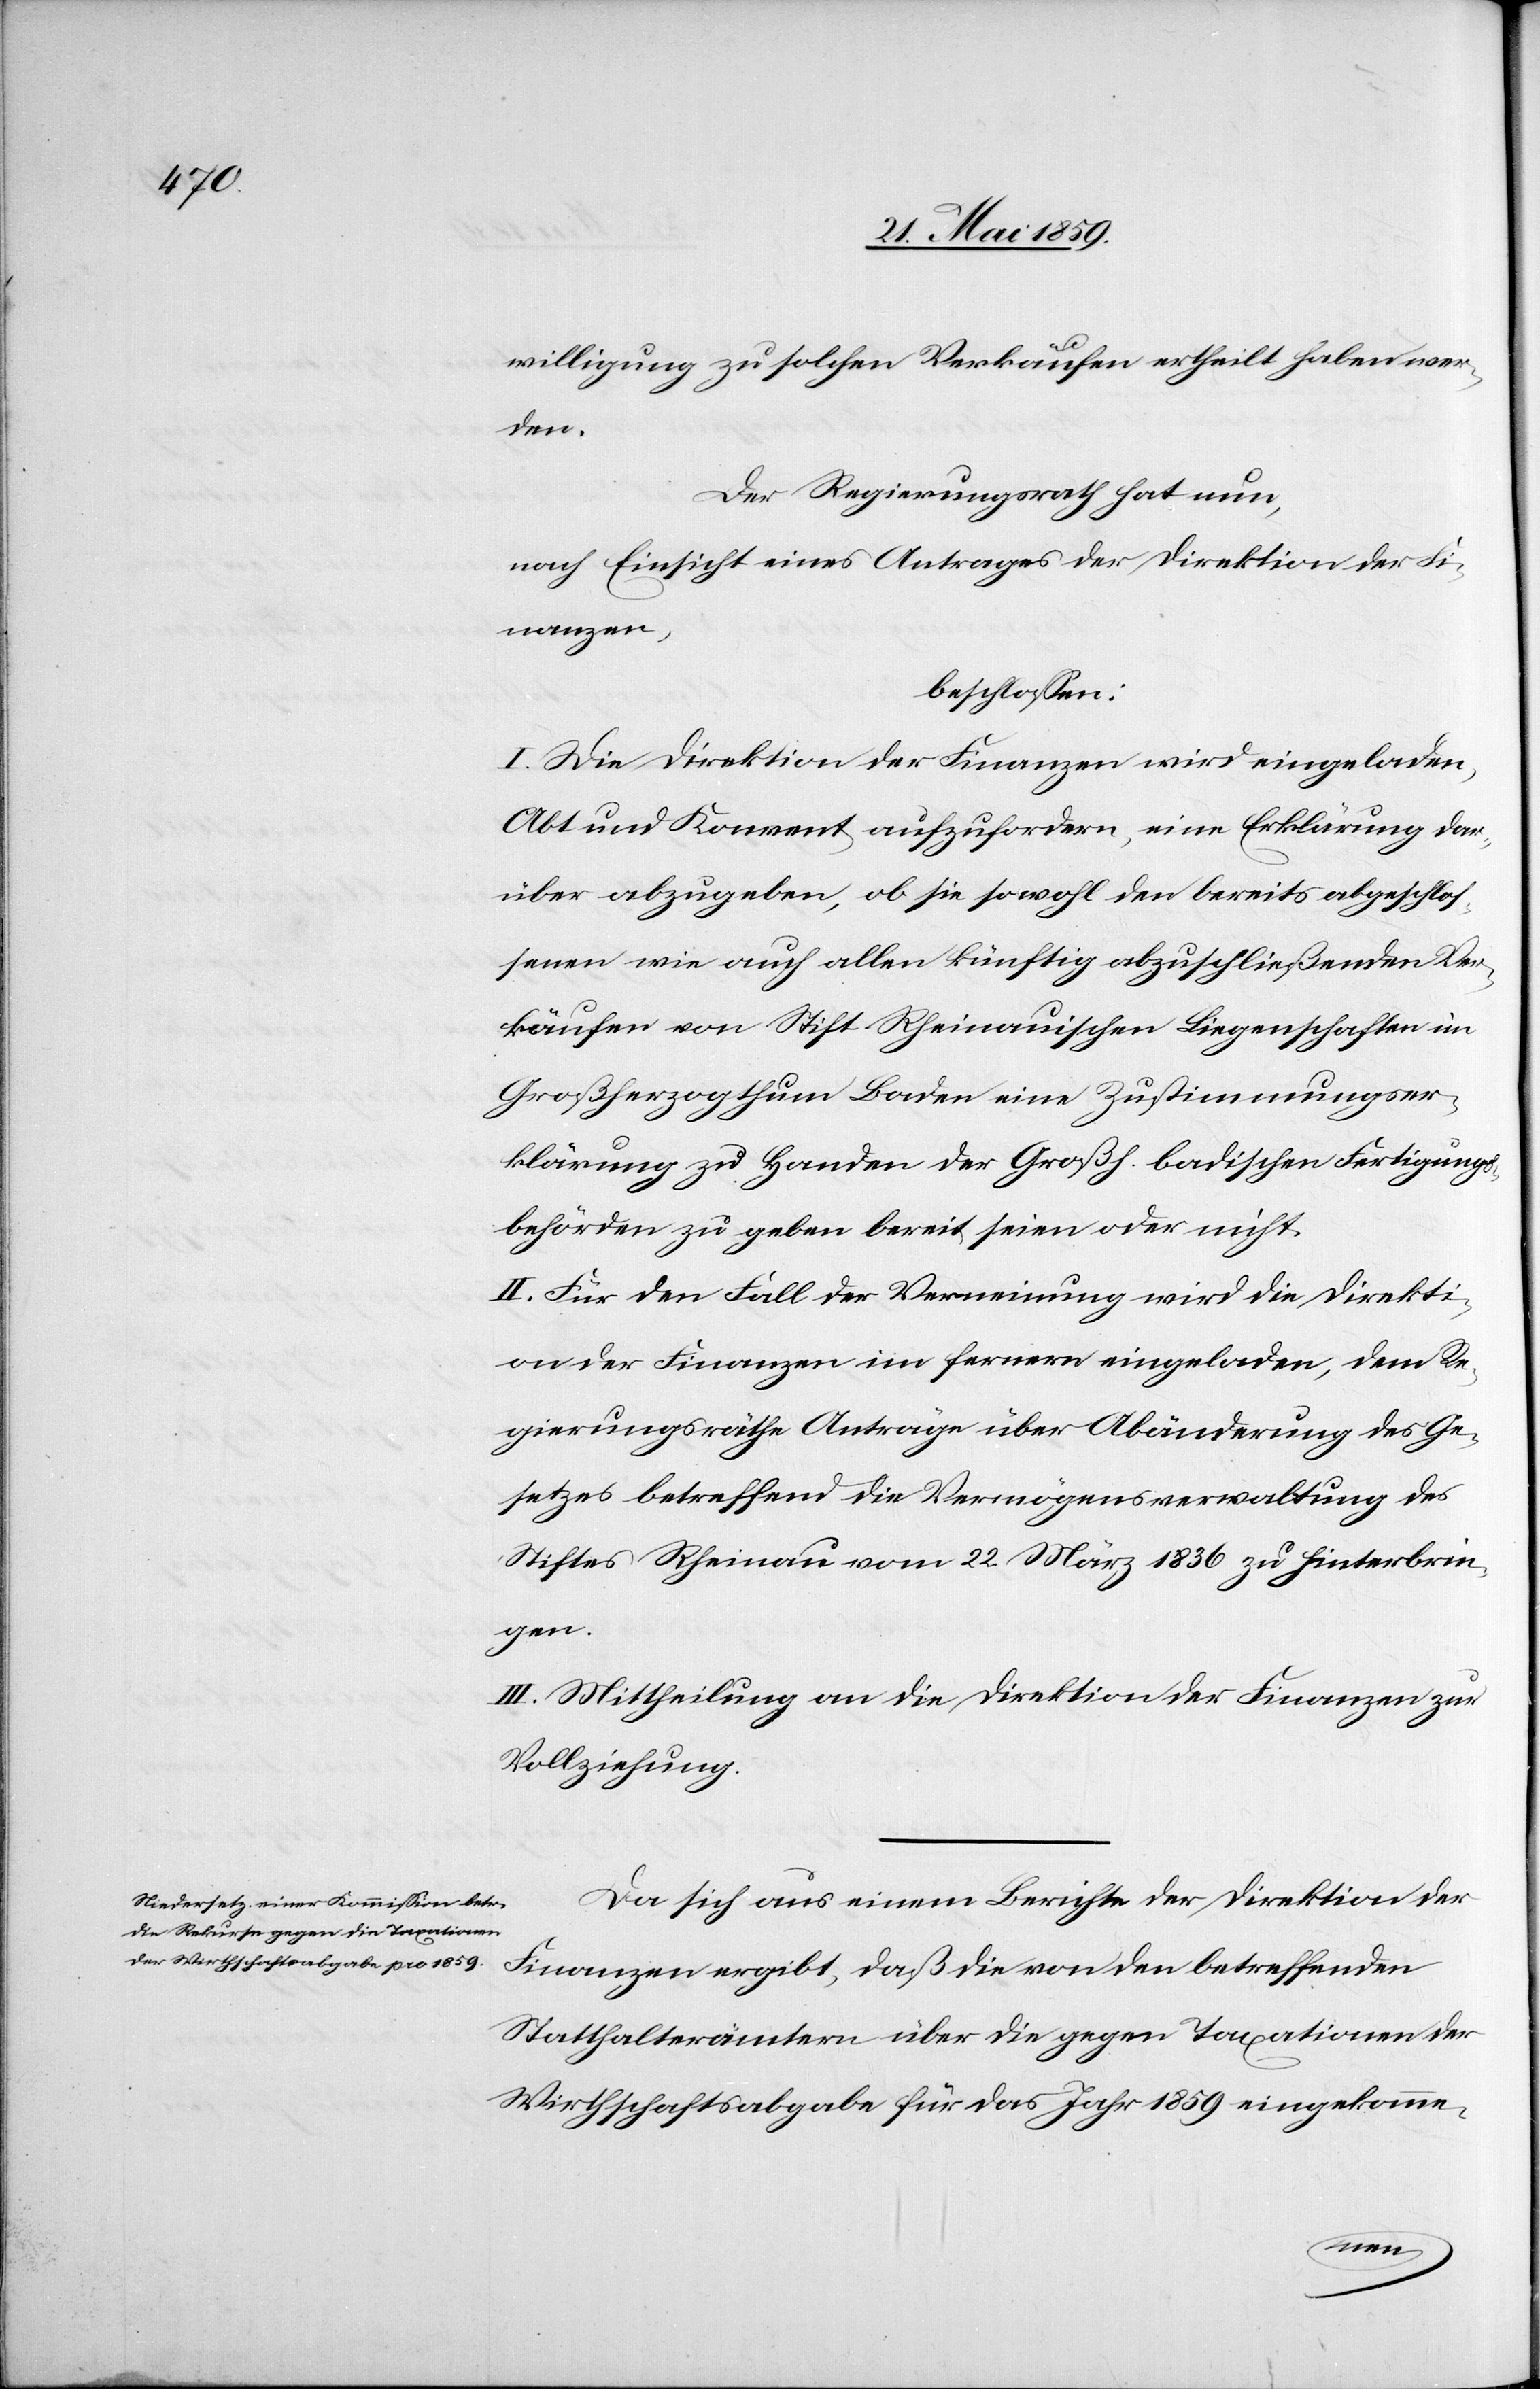
willigung zu solchen Verkäufen ertheilt haben wer¬
den.
Der Regierungsrath hat nun,
nach Einsicht eines Antrages der Direktion der Fi¬
nanzen,
beschlossen:
I. Die Direktion der Finanzen wird eingeladen,
Abt und Konvent aufzufordern, eine Erklärung dar¬
über abzugeben, ob sie sowohl den bereits abgeschlos¬
senen wie auch allen künftig abzuschließenden Ver¬
käufen von Stift Rheinauischen Liegenschaften im
Großherzogthum Baden eine Zustimmungser¬
klärung zu Handen der Großh. badischen Fertigungs¬
behörden zu geben bereit seien oder nicht.
II. Für den Fall der Verneinung wird die Direkti¬
on der Finanzen im fernern eingeladen, dem Re¬
gierungsräthe [sic!] Anträge über Abänderung des Ge¬
setzes betreffend die Vermögensverwaltung des
Stiftes Rheinau vom 22. März 1836 zu hinterbrin¬
gen.
III. Mittheilung an die Direktion der Finanzen zur
Vollziehung.
Da sich aus einem Berichte der Direktion der
Finanzen ergibt, daß die von den betreffenden
Statthalterämtern über die gegen Taxationen der
Wirtschaftsabgabe für das Jahr 1859 eingekomme-